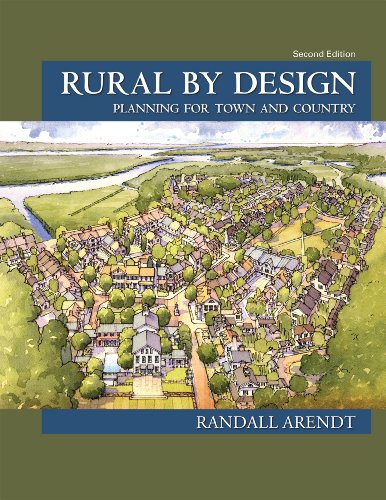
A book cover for Rural by Design: Planning for Town and Country; Randall Arendt; Arts & Photography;